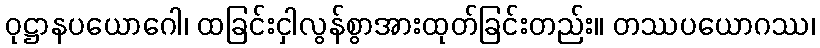
ဝုဋ္ဌာနပယောဂေါ၊ ထခြင်းငှါလွန်စွာအားထုတ်ခြင်းတည်း။ တဿပယောဂဿ၊